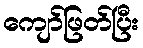
ကျော်ဖြတ်ပြီး